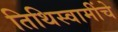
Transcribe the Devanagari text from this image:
तिथिस्वामींचे